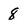
Character: 8